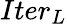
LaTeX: Iter_{L}